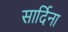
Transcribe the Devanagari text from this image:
सार्दिना